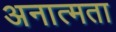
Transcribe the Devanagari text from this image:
अनात्मता